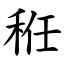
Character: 秹